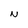
Character: N